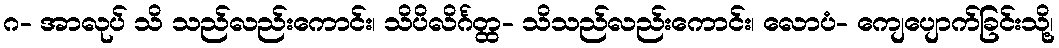
ဂ- အာလုပ် သိ သည်လည်းကောင်း၊ သိပိလိင်္ဂတ္ထ- သိသည်လည်းကောင်း၊ လောပံ- ကျေပျောက်ခြင်းသို့၊